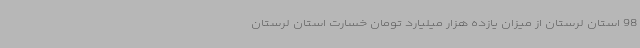
98 استان لرستان از میزان یازده هزار میلیارد تومان خسارت استان لرستان